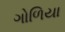
ગોળિયા